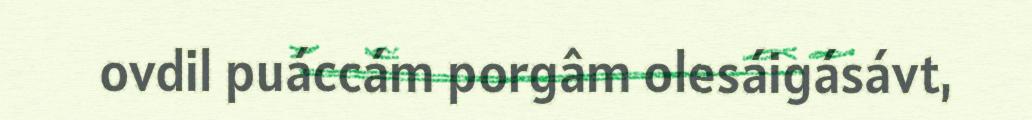
ovdil puáccám porgâm olesáigásávt,